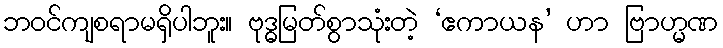
ဘဝင်ကျစရာမရှိပါဘူး။ ဗုဒ္ဓမြတ်စွာသုံးတဲ့ ‘ဧကာယန’ ဟာ ဗြာဟ္မဏ